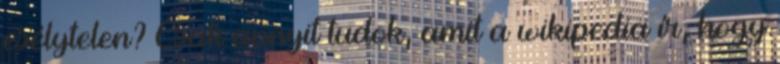
esélytelen? Csak annyit tudok, amit a wikipedia ír, hogy